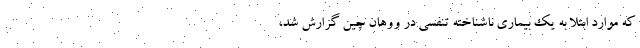
که موارد ابتلا به یک بیماری ناشناخته تنفسی در ووهان چین گزارش شد،